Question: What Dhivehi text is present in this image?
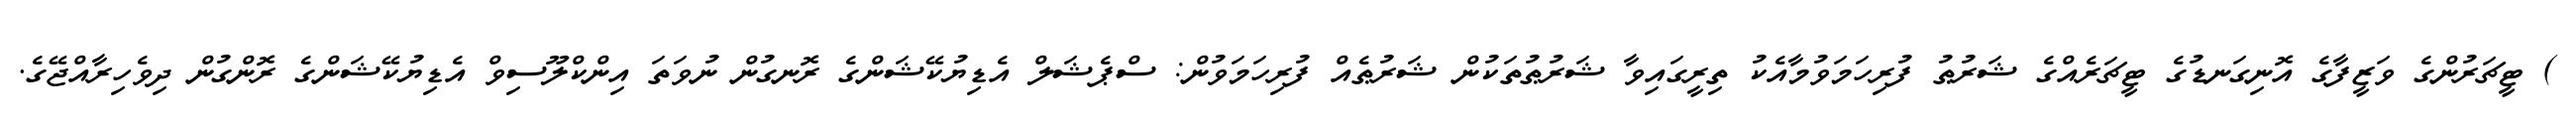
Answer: ) ޓީޗަރުންގެ ވަޒީފާގެ އޮނިގަނޑުގެ ޓީޗަރެއްގެ ޝަރުޠު ފުރިހަމަވުމާއެކު ތިރީގައިވާ ޝަރުޠުތަކުން ޝަރުޠެއް ފުރިހަމަވުން: ސްޕެޝަލް އެޑިޔުކޭޝަންގެ ރޮނގުން ނުވަތަ އިންކްލޫސިވް އެޑިޔުކޭޝަންގެ ރޮންގުން ދިވެހިރާއްޖޭގެ.